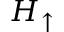
H _ { \uparrow }